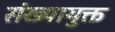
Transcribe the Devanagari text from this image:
संख्यायुक्त